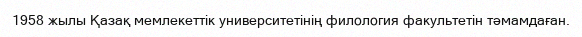
1958 жылы Қазақ мемлекеттік университетінің филология факультетін тәмамдаған.